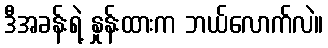
ဒီအခန်းရဲ့ နှုန်းထားက ဘယ်လောက်လဲ။